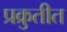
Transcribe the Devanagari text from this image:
प्रक्रुतीत